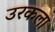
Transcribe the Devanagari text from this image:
उरकला